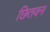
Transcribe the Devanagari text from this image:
छितवन